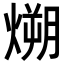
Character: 𪹛